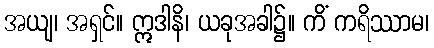
အယျ၊ အရှင်။ ဣဒါနိ၊ ယခုအခါ၌။ ကိံ ကရိဿာမ၊